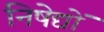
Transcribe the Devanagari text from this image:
निषेद्यों